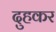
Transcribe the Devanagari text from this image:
दुहकर